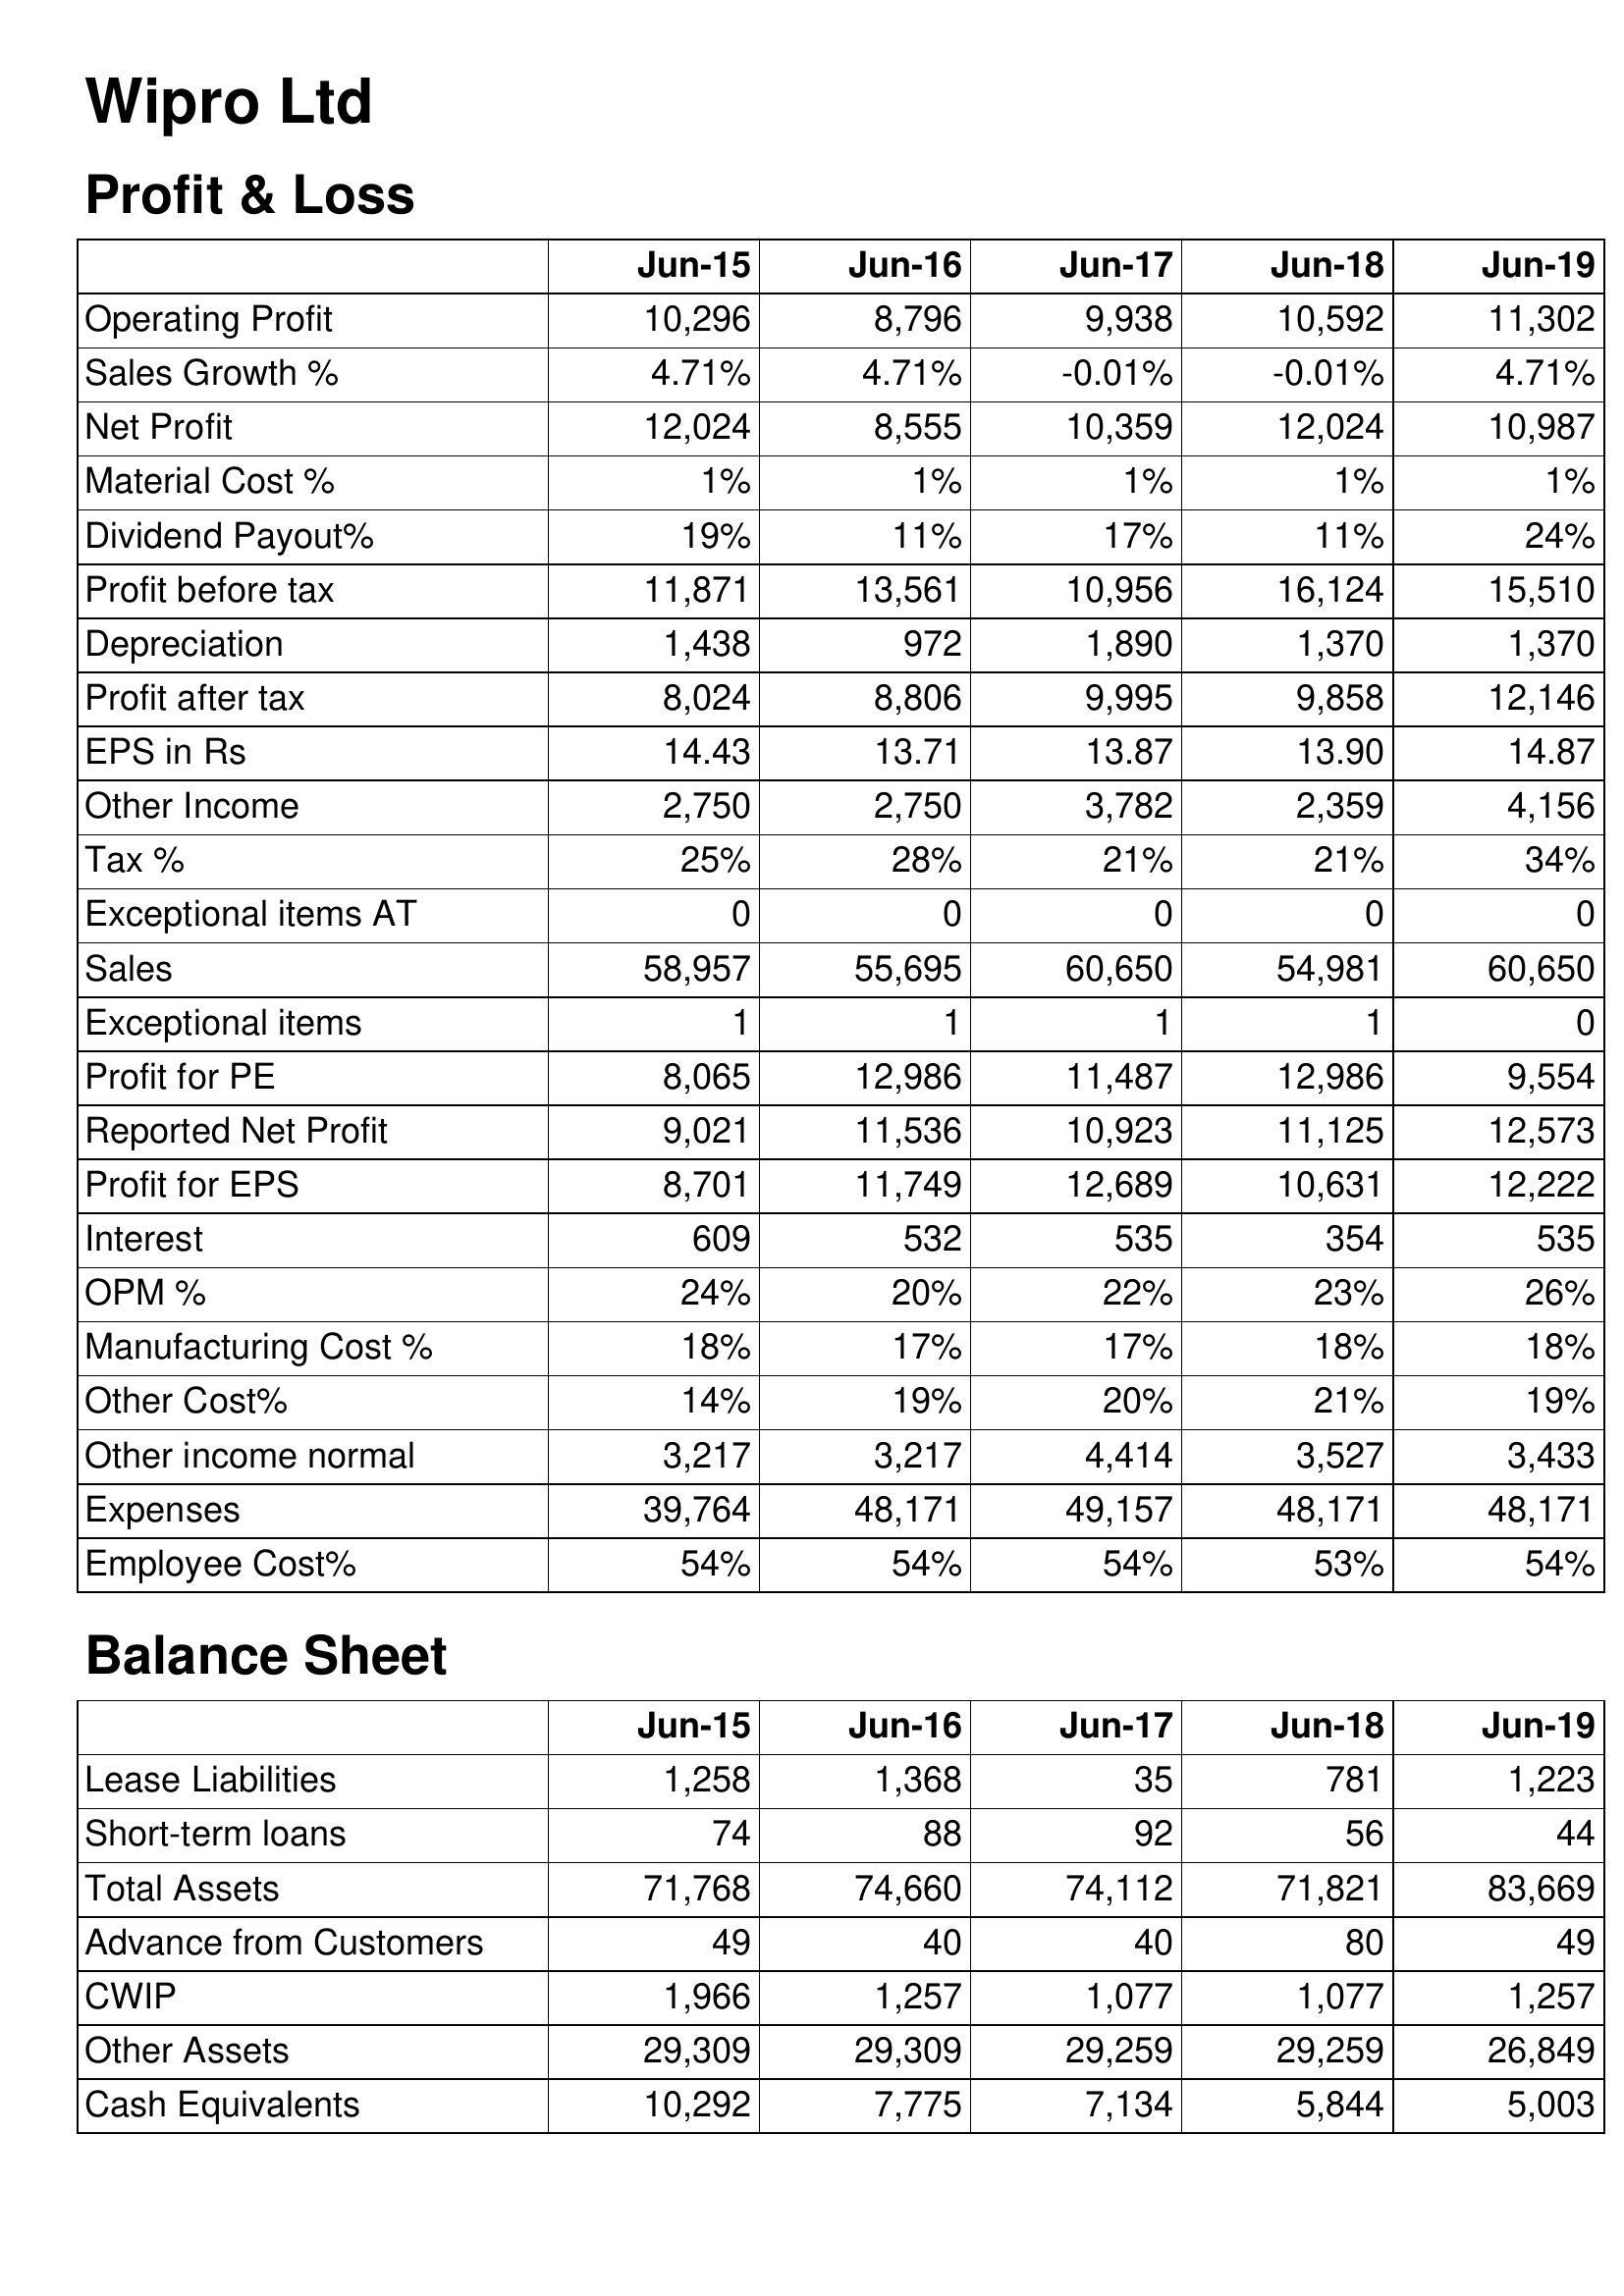
Jun-15: Profit & Loss: Operating Profit: 10,296
Sales Growth %: 4.71%
Net Profit: 12,024
Material Cost %: 1%
Dividend Payout%: 19%
Profit before tax: 11,871
Depreciation: 1,438
Profit after tax: 8,024
EPS in Rs: 14.43
Other Income: 2,750
Tax %: 25%
Exceptional items AT: 0
Sales: 58,957
Exceptional items: 1
Profit for PE: 8,065
Reported Net Profit: 9,021
Profit for EPS: 8,701
Interest: 609
OPM %: 24%
Manufacturing Cost %: 18%
Other Cost%: 14%
Other income normal: 3,217
Expenses: 39,764
Employee Cost%: 54%
Balance Sheet: Lease Liabilities: 1,258
Short-term loans: 74
Total Assets: 71,768
Advance from Customers: 49
CWIP: 1,966
Other Assets: 29,309
Cash Equivalents: 10,292
Jun-16: Profit & Loss: Operating Profit: 8,796
Sales Growth %: 4.71%
Net Profit: 8,555
Material Cost %: 1%
Dividend Payout%: 11%
Profit before tax: 13,561
Depreciation: 972
Profit after tax: 8,806
EPS in Rs: 13.71
Other Income: 2,750
Tax %: 28%
Exceptional items AT: 0
Sales: 55,695
Exceptional items: 1
Profit for PE: 12,986
Reported Net Profit: 11,536
Profit for EPS: 11,749
Interest: 532
OPM %: 20%
Manufacturing Cost %: 17%
Other Cost%: 19%
Other income normal: 3,217
Expenses: 48,171
Employee Cost%: 54%
Balance Sheet: Lease Liabilities: 1,368
Short-term loans: 88
Total Assets: 74,660
Advance from Customers: 40
CWIP: 1,257
Other Assets: 29,309
Cash Equivalents: 7,775
Jun-17: Profit & Loss: Operating Profit: 9,938
Sales Growth %: -0.01%
Net Profit: 10,359
Material Cost %: 1%
Dividend Payout%: 17%
Profit before tax: 10,956
Depreciation: 1,890
Profit after tax: 9,995
EPS in Rs: 13.87
Other Income: 3,782
Tax %: 21%
Exceptional items AT: 0
Sales: 60,650
Exceptional items: 1
Profit for PE: 11,487
Reported Net Profit: 10,923
Profit for EPS: 12,689
Interest: 535
OPM %: 22%
Manufacturing Cost %: 17%
Other Cost%: 20%
Other income normal: 4,414
Expenses: 49,157
Employee Cost%: 54%
Balance Sheet: Lease Liabilities: 35
Short-term loans: 92
Total Assets: 74,112
Advance from Customers: 40
CWIP: 1,077
Other Assets: 29,259
Cash Equivalents: 7,134
Jun-18: Profit & Loss: Operating Profit: 10,592
Sales Growth %: -0.01%
Net Profit: 12,024
Material Cost %: 1%
Dividend Payout%: 11%
Profit before tax: 16,124
Depreciation: 1,370
Profit after tax: 9,858
EPS in Rs: 13.90
Other Income: 2,359
Tax %: 21%
Exceptional items AT: 0
Sales: 54,981
Exceptional items: 1
Profit for PE: 12,986
Reported Net Profit: 11,125
Profit for EPS: 10,631
Interest: 354
OPM %: 23%
Manufacturing Cost %: 18%
Other Cost%: 21%
Other income normal: 3,527
Expenses: 48,171
Employee Cost%: 53%
Balance Sheet: Lease Liabilities: 781
Short-term loans: 56
Total Assets: 71,821
Advance from Customers: 80
CWIP: 1,077
Other Assets: 29,259
Cash Equivalents: 5,844
Jun-19: Profit & Loss: Operating Profit: 11,302
Sales Growth %: 4.71%
Net Profit: 10,987
Material Cost %: 1%
Dividend Payout%: 24%
Profit before tax: 15,510
Depreciation: 1,370
Profit after tax: 12,146
EPS in Rs: 14.87
Other Income: 4,156
Tax %: 34%
Exceptional items AT: 0
Sales: 60,650
Exceptional items: 0
Profit for PE: 9,554
Reported Net Profit: 12,573
Profit for EPS: 12,222
Interest: 535
OPM %: 26%
Manufacturing Cost %: 18%
Other Cost%: 19%
Other income normal: 3,433
Expenses: 48,171
Employee Cost%: 54%
Balance Sheet: Lease Liabilities: 1,223
Short-term loans: 44
Total Assets: 83,669
Advance from Customers: 49
CWIP: 1,257
Other Assets: 26,849
Cash Equivalents: 5,003